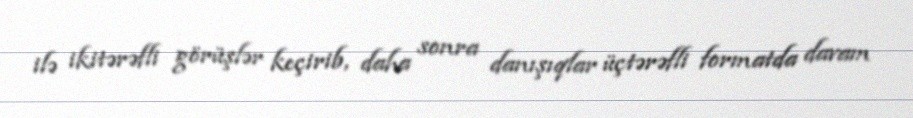
ilə ikitərəfli görüşlər keçirib, daha sonra danışıqlar üçtərəfli formatda davam